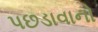
પછડાવાનો